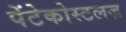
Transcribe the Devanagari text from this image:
पेंटेकोस्टलज़